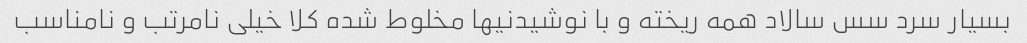
بسیار سرد سس سالاد همه ریخته و با نوشیدنیها مخلوط شده کلا خیلی نامرتب و نامناسب